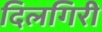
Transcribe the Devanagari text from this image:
दिलगिरी